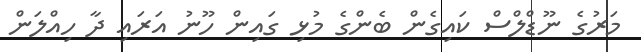
މަރުގެ ނޫޑްލްސް ކައިގެން ބެންގެ މުޅި ގައިން ހޫނު އަރައި ދާ ހިއްލަން